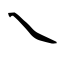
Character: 乀